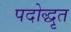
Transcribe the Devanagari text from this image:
पदोद्धृत